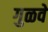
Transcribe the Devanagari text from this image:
गुळवे